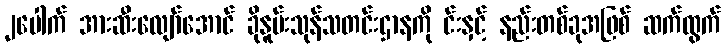
၂ပေါက် အားဆီးလျော်အောင် ခိုနူမ်းသုန်သတင်းဌာနကို င်းနှင့် နည်းတစ်ခုအဖြစ် ဆက်ထွက်